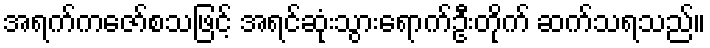
အရက်ကဇော်စသဖြင့် အရင်ဆုံးသွားရောက်ဦးတိုက် ဆက်သရသည်။